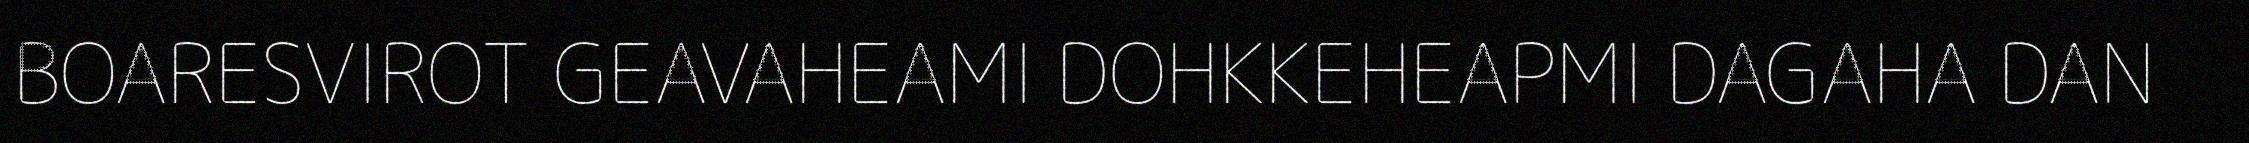
BOARESVIROT GEAVAHEAMI DOHKKEHEAPMI DAGAHA DAN